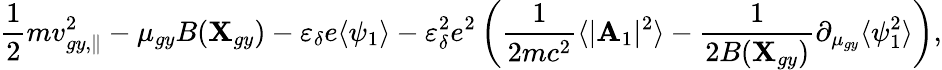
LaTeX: \frac{1}{2}mv_{gy,\parallel}^{2}-\mu_{gy}B(\textbf{X}_{gy})-\varepsilon_{\delta}e\langle\psi_{1}\rangle-\varepsilon_{\delta}^{2}e^{2}\left(\frac{1}{2mc^{2}}\langle|\textbf{A}_{1}|^{2}\rangle-\frac{1}{2B(\textbf{X}_{gy})}\partial_{\mu_{gy}}\langle\psi_{1}^{2}\rangle\right),